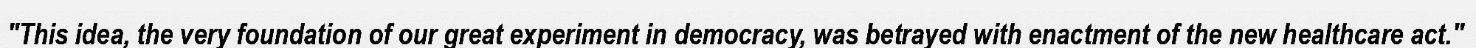
"This idea, the very foundation of our great experiment in democracy, was betrayed with enactment of the new healthcare act."